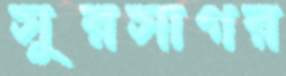
সুরসাগর